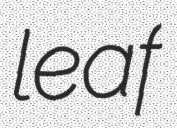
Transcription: leaf